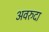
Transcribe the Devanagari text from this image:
अवरुदा